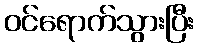
ဝင်ရောက်သွားပြီး